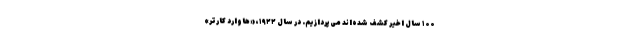
۱۰۰ سال اخیر کشف شده‌اند می‌پردازیم. در سال ۱۹۲۲، «هاوارد کارتر»